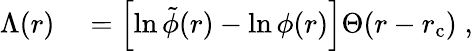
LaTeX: \begin{array}{rl}{\Lambda(r)}&{{}=\left[\ln\tilde{\phi}(r)-\ln\phi(r)\right]\Theta(r-r_{\mathrm{c}})\; ,}\end{array}